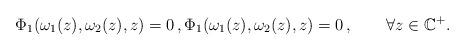
LaTeX: \begin{align*}\Phi_1(\omega_1(z), \omega_2(z),z)=0\,, \Phi_1(\omega_1(z), \omega_2(z),z)=0\,,\qquad\forall z\in \mathbb{C}^+. \end{align*}